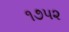
૧૭૫૨